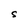
Character: S